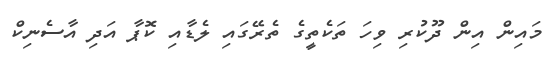
މައިން އިން ދޫކުރި ވިހަ ތަކެތީގެ ތެރޭގައި ލެޑާއި ކޮޕާ އަދި އާސެނިކް